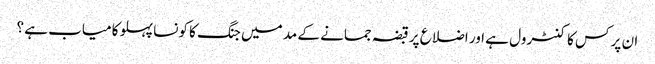
ان پر کس کا کنٹرول ہے اور اضلاع پر قبضہ جمانے کے مد میں جنگ کا کونسا پہلو کامیاب ہے ؟